Vaccine operations Central Provinces & Berar 1922-1929 - 1922-1929
Year: 1922
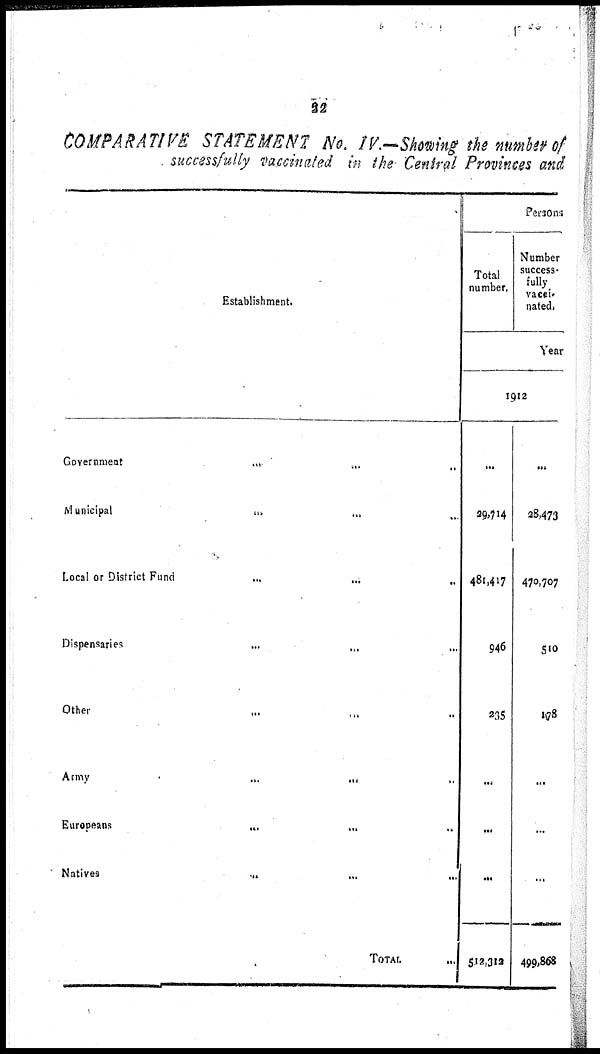
22
COMPARATIVE STATEMENT
No. IV.—Showing the number of
successfully vaccinated in the Central Provinces and
Establishment.
Government
...
...
...
Municipal
...
...
...
Local or District Fund
...
...
Dispensaries
...
...
Other ... ... ...
Army
...
...
...
Europeans
...
...
...
Natives
...
...
...
TOTAL ...
Persons
Total
number.
Number
success¬
fully
vacci¬
nated.
Year
1912
...
29,714
481,417
946
235
...
...
...
512,312
...
28,473
470,707
510
178
...
...
...
499,868